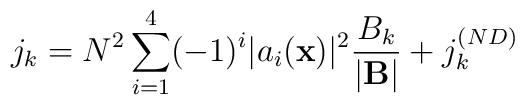
j_k = N^2\sum_{i=1}^{4}(-1)^i|a_i({\bf x})|^2\frac{B_k}{|{\bf B}|} +          j^{(ND)}_k